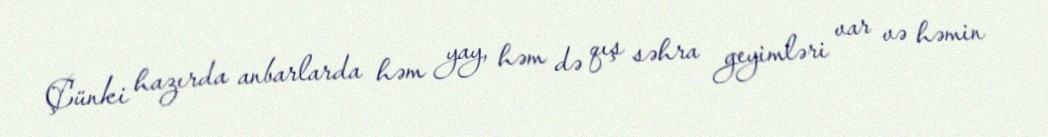
Çünki hazırda anbarlarda həm yay, həm də qış səhra geyimləri var və həmin